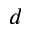
d